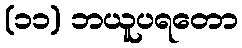
(၁၁) ဘယူပရတော